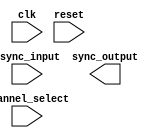
module multi_channel_synchronizer (
    input wire clk,
    input wire reset,
    input wire [N-1:0] channel_select,
    input wire [N-1:0] async_input,
    output wire [N-1:0] sync_output
);

// Define parameters
parameter N = 4; // Number of channels

// Add your timing control logic here
// Add your synchronization process here

// Channel selectors
always @ (posedge clk or posedge reset) begin
    if (reset) begin
        // Initialize channel selectors
        // Add your channel selection logic here
    end else begin
        // Route and align input signals based on channel_select
        // Add your channel alignment logic here
    end
end

// Edge detection and signal conditioning circuits
always @ (posedge clk or posedge reset) begin
    // Add your edge detection and conditioning logic here
end

// Error detection and correction mechanisms
always @ (posedge clk or posedge reset) begin
    // Add your error detection and correction logic here
end

endmodule